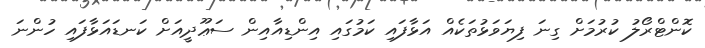
ކޮންޓްރޯލު ކުރުމަށް ގިނަ ފިޔަވަޅުތަކެއް އަޅާފައި ކަމުގައި އިންޑިއާއިން ސަޢޫދީއަށް ކަނޑައަޅާފައި ހުންނަ